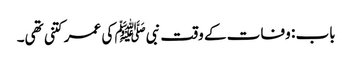
باب : وفات کے وقت نبیﷺ کی عمر کتنی تھی۔